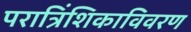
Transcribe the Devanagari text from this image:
परात्रिंशिकाविवरण